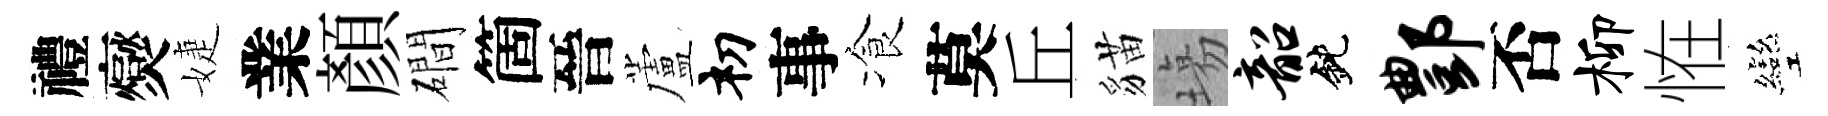
禮爕婕業顏磵箇晉蘆𥘉事飡莫丘貓塲韶鈍酆否柳恠彎